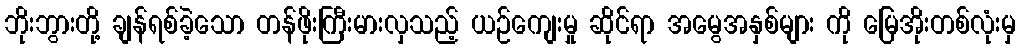
ဘိုးဘွားတို့ ချန်ရစ်ခဲ့သော တန်ဖိုးကြီးမားလှသည့် ယဉ်ကျေးမှု ဆိုင်ရာ အမွေအနှစ်များ ကို မြေအိုးတစ်လုံးမှ